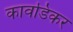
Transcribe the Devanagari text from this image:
कावडिकर